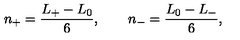
n _ { + } = \frac { L _ { + } - L _ { 0 } } { 6 } , \qquad n _ { - } = \frac { L _ { 0 } - L _ { - } } { 6 } ,